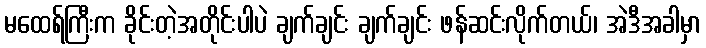
မထေရ်ကြီးက ခိုင်းတဲ့အတိုင်းပါပဲ ချက်ချင်း ချက်ချင်း ဖန်ဆင်းလိုက်တယ်၊ အဲဒီအခါမှာ